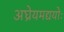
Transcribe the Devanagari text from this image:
अघ्रेयमद्ययोः